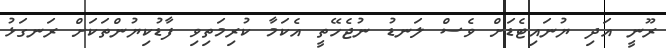
ރޫނީ އަދި ޔުނައިޓެޑަށް ވެސް ލަނޑު ނުޖެހޭތީ އެކަމާ ކުރިމަތިވި ފާޑުކިޔުންތަކަށް ރަނގަޅު